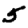
Digit: 5